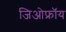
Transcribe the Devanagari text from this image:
जिओफ्रॉय